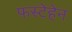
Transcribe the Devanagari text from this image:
फस्टेहेन